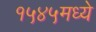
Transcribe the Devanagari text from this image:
१५४५मध्ये